Investigations into the jail dietaries of the United Provinces with some observations on the influence of dietary on the physical development and well-being of the people of the United Provinces - Number 48
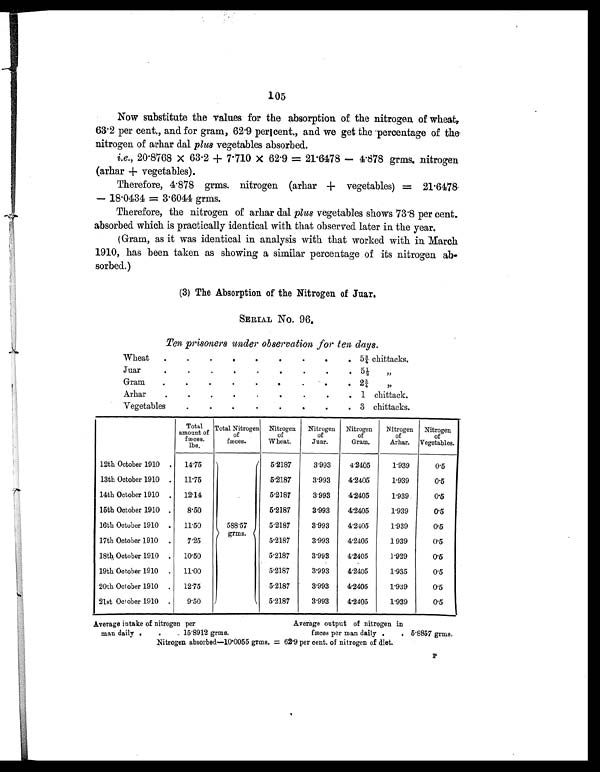
105
Now substitute the values for the absorption of the nitrogen of wheat,
63.2 per cent., and for gram, 62.9 per cent., and we get the percentage of the
nitrogen of arhar dal plus vegetables absorbed.
i.e., 20.8768 × 63.2 + 7.710 × 62.9 = 21.6478 — 4.878 grms. nitrogen
(arhar + vegetables).
Therefore, 4.878 grms. nitrogen (arhar + vegetables) = 21.6478
— 18.0434 = 3.6044 grms.
Therefore, the nitrogen of arhar dal plus vegetables shows 73.8 per cent.
absorbed which is practically identical with that observed later in the year.
(Gram, as it was identical in analysis with that worked with in March
1910, has been taken as showing a similar percentage of its nitrogen ab-
sorbed.)
(3) The Absorption of the Nitrogen of Juar.
SERIAL No. 96.
Ten prisoners under observation for ten days.
Wheat
.
.
.
.
.
.
. .
. 5¾ chittacks.
Juar
.
.
.
.
. .
.
. . 5½ ,,
Gram
.
.
.
.
. .
. .
. 2¾ „
Arhar
. .
. .
. .
. .
. 1 chittack.
Vegetables
.
. .
.
.
.
.
. 3 chittacks.
Total
amount of
fæces.
lbs.
Total Nitrogen
of
fæces.
Nitrogen
of
Wheat.
Nitrogen
of
Juar.
Nitrogen
of
Gram.
Nitrogen
of
Arhar.
Nitrogen
of
Vegetables.
12th October 1910 . 14.75
588.57
grms.
5.2187
3.993
4.2405
1.939
0.5
13th October 1910 . 11.75
5.2187
3.993
4.2405
1.939
0.5
14th October 1910 . 12.14
5.2187
3.993
4.2405
1.939
0.5
15th October 1910 .
8.50
5.2187
3.993
4.2405
1.939
0.5
16th October 1910 . 11.50
5.2187
3.993
4.2405
1.939
0.5
17th October 1910 .
7.25
5.2187
3.993
4.2405
1.939
0.5
18th October 1910 . 10.50
5.2187
3.993
4.2405
1.929
0.5
19th October 1910 . 11.00
5.2187
3.993
4.2405
1.935
0.5
20th October 1910 . 12.75
5.2187
3.993
4.2405
1.939
0.5
21st October 1910 .
9.50
5.2187
3.993
4.2405
1.939
0.5
Average intake of nitrogen per
Average output of nitrogen in
man daily .
.
. 15.8912 grms.
fæces per man daily .
. 5.8857 grms.
Nitrogen absorbed—10.0055 grms. = 62.9 per cent. of nitrogen of diet.